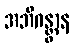
အဘိဂန္တွာန